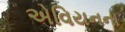
એવિયનના